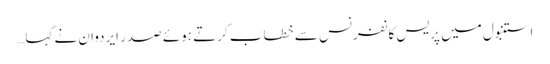
استنبول میں پریس کانفرنس سے خطاب کرتے ہوئے صدر ایردوان نے کہا…